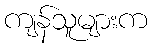
ကျန်သူများက